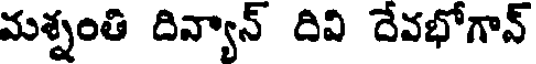
మశ్నంతి దిన్యాన్ దివి దేవభోగాన్